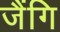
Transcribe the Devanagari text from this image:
जैंगि